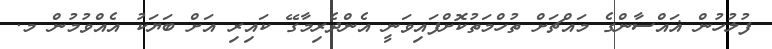
ފުލުހުން ޣައްސާންގެ މައްޗަށް ތުހްމަތުކޮށްފައިވަނީ އެންދެރިމާގޭ ކައިރި އަށް ބަޔަކު އެއްވުމުން މ.